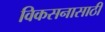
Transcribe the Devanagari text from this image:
विकसनासाठी